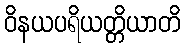
ဝိနယပရိယတ္တိယာတိ